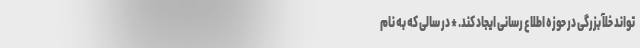
تواند خلآ بزرگی در حوزه اطلاع رسانی ایجاد کند. * در سالی که به نام